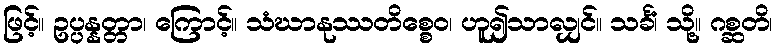
ဖြင့်။ ဥပ္ပန္နတ္တာ၊ ကြောင့်။ သံဃာနုဿတိစ္စေဝ၊ ဟူ၍သာလျှင်။ သင်္ခံ၊ သို့။ ဂစ္ဆတိ၊